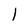
Character: 1